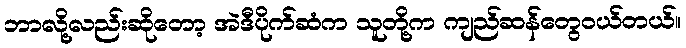
ဘာလို့လည်းဆိုတော့ အဲဒီပိုက်ဆံက သူတို့က ကျည်ဆန်တွေဝယ်တယ်။